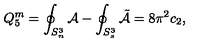
Q _ { 5 } ^ { m } = \oint _ { S _ { n } ^ { 3 } } { \cal A } - \oint _ { S _ { s } ^ { 3 } } { \tilde { \cal A } } = 8 \pi ^ { 2 } c _ { 2 } ,